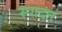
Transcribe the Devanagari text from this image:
स्पादंत